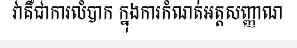
វាគឺជាការលំបាក ក្នុងការកំណត់អត្តសញ្ញាណ